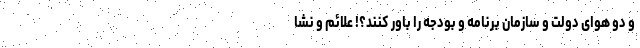
و دو هوای دولت و سازمان برنامه و بودجه را باور کنند؟! علائم و نشا